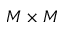
M \times M